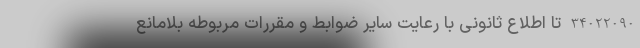
34022090 تا اطلاع ثانونی با رعایت سایر ضوابط و مقررات مربوطه بلامانع